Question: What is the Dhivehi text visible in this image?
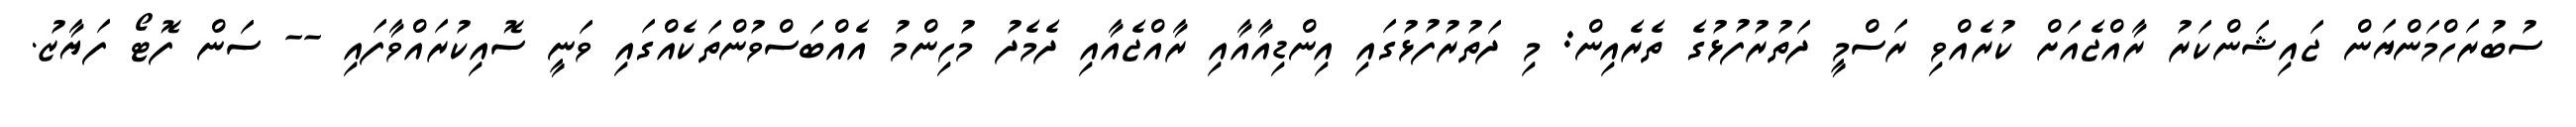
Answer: ސުބުރަހްމަންޔަން ޖައިޝަންކަރު ރާއްޖެއަށް ކުރެއްވި ރަސްމީ ދަތުރުފުޅުގެ ތެރެއިން: މި ދަތުރުފުޅުގައި އިންޑިއާއާއި ރާއްޖެއާއި ދެމެދު މުހިންމު އެއްބަސްވުންތަކެއްގައި ވަނީ ސޮއިކުރައްވާފައި -- ސަން ފޮޓޯ ފަޔާޒު.